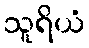
သူရိယံ